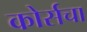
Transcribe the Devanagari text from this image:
कोर्सचा